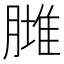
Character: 𦟿